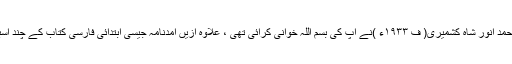
۱۳۵۱ھ ؍۱۹۳۲ء میں علامہ محمد انور شاہ کشمیری( ف ۱۹۳۳ء )نے آپ کی بسم اللہ خوانی کرائی تھی ، علاوہ ازیں آمدنامہ جیسی ابتدائی فارسی کتاب کے چند اسباق بھی آپ کو پڑھائے تھے ۔